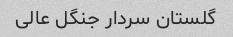
گلستان سردار جنگل عالی